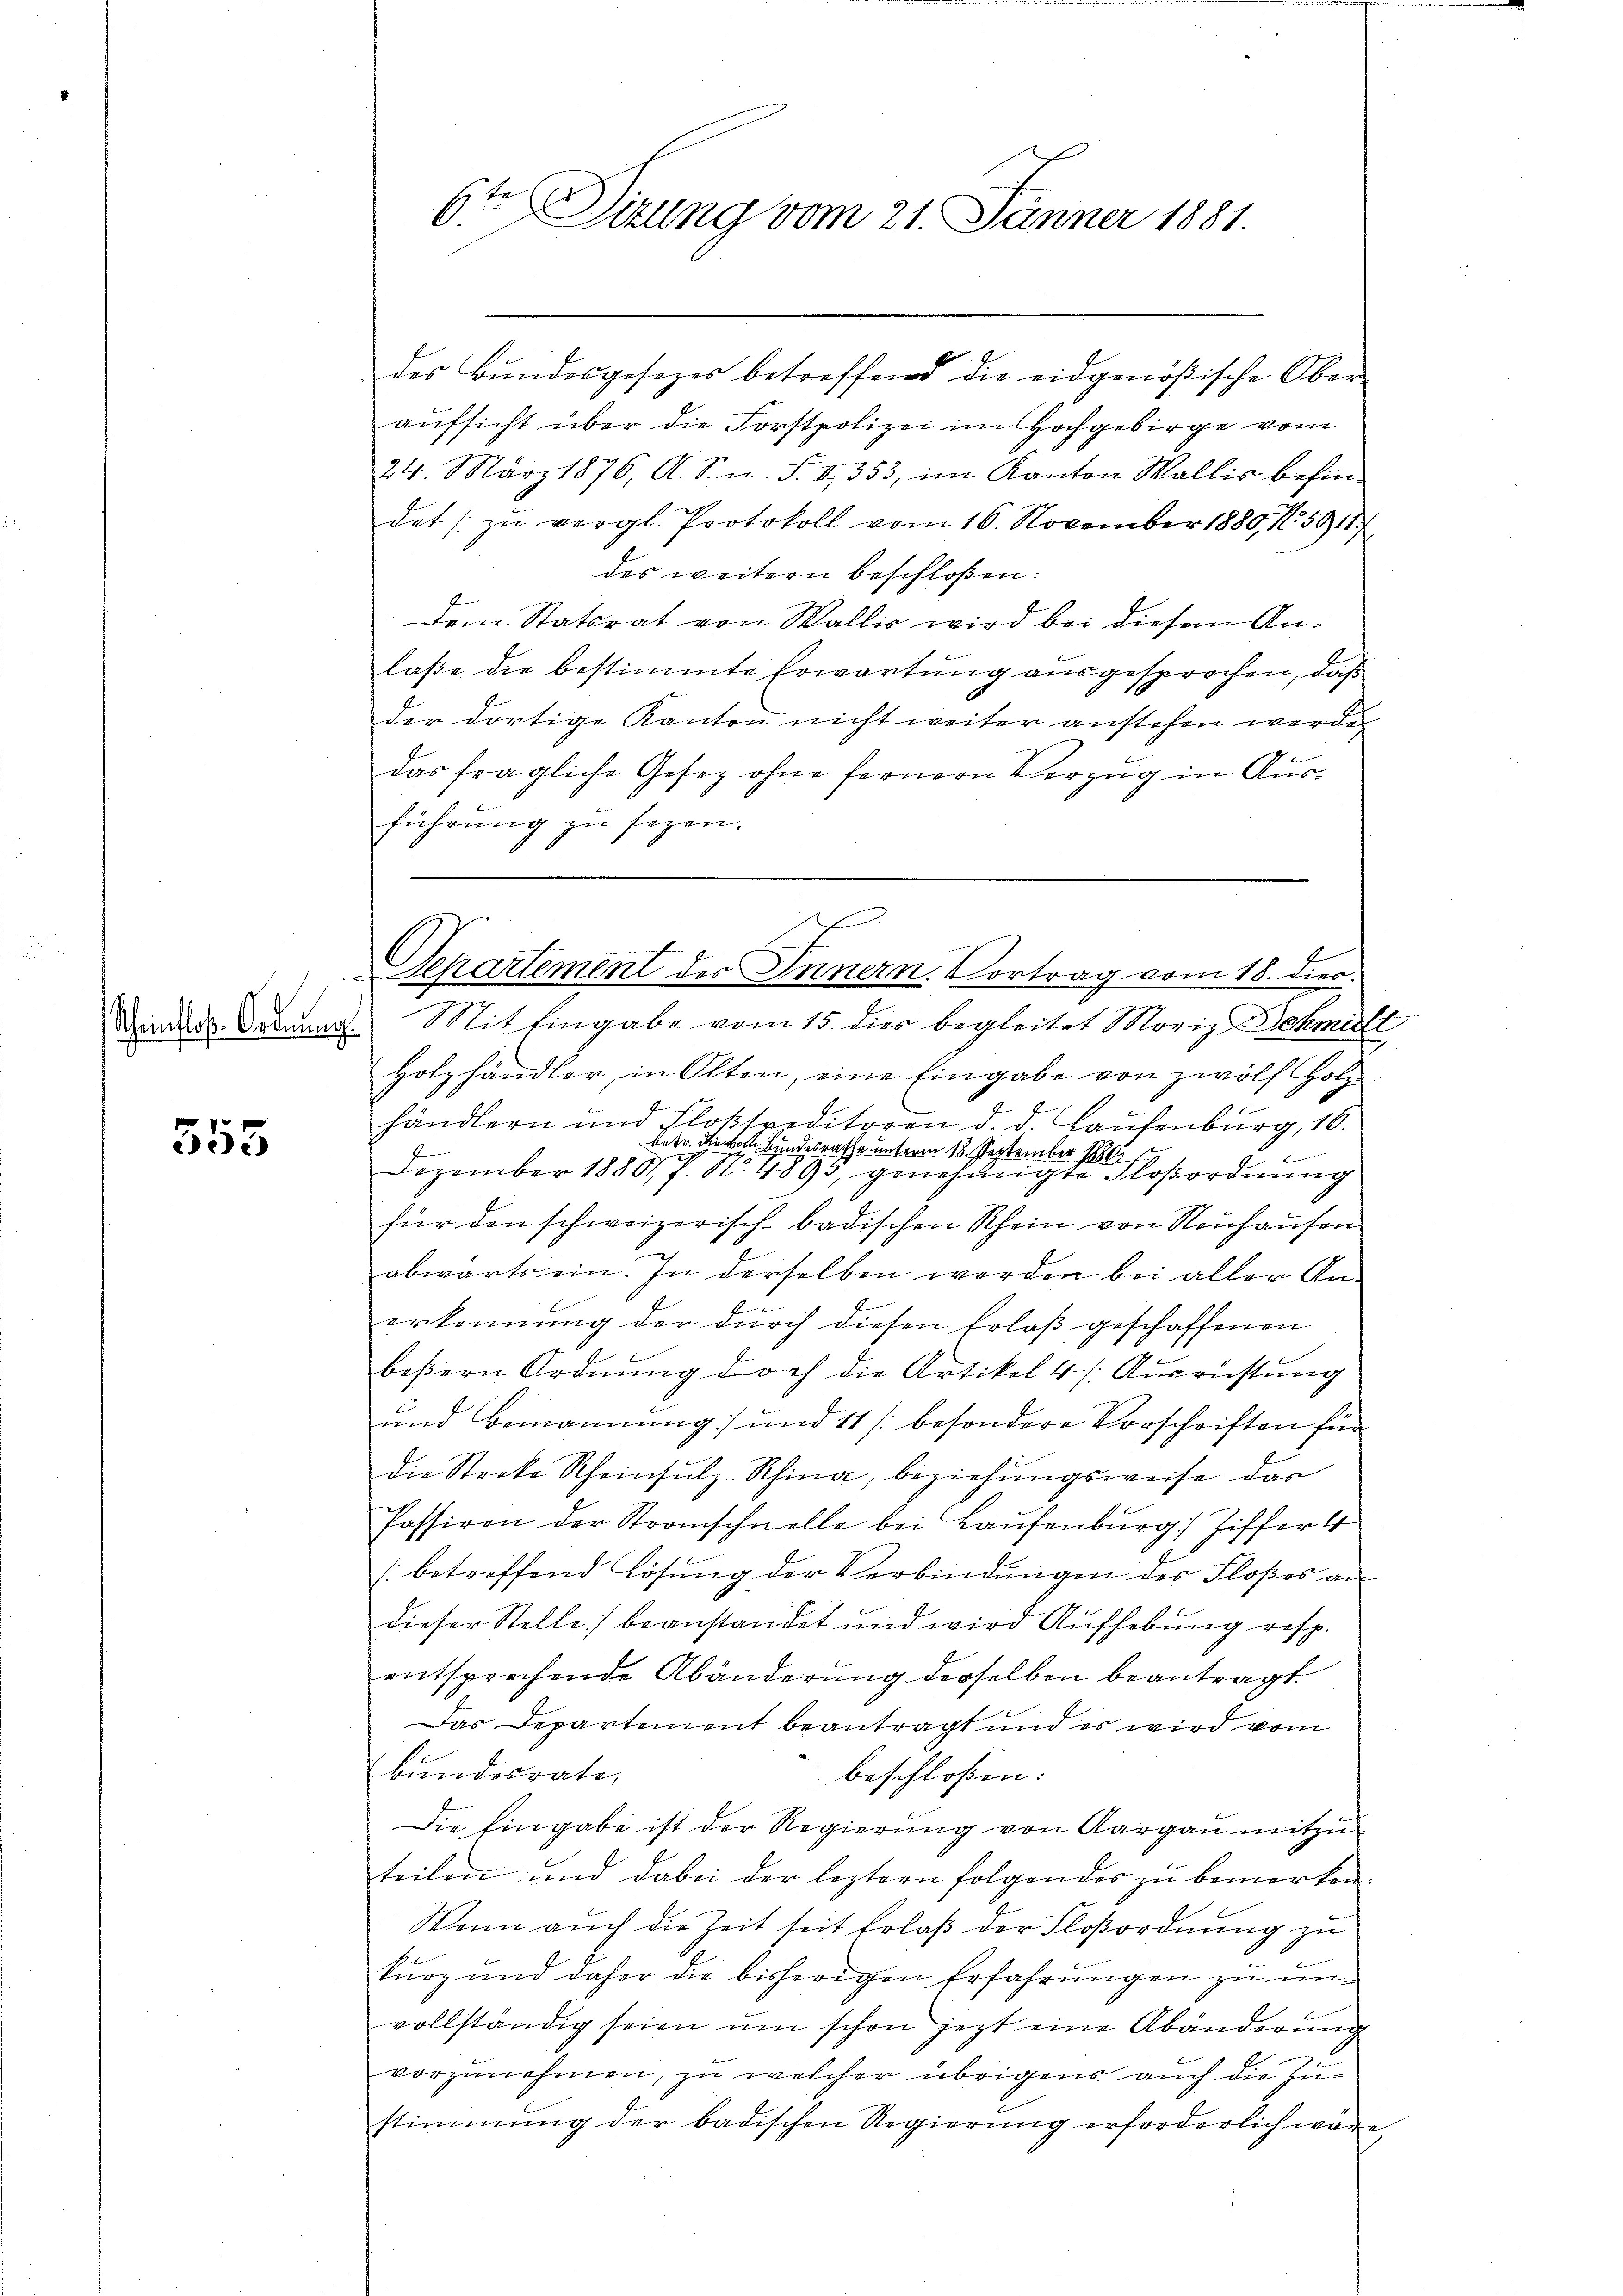
553

Seinen Ordnung. Mit Eingabe vom 15. dies begleitet Moriz Schmitt
Holzhändler, in Olten, eine Eingabe von zwölf Holz
händlern und Floßspeditoren d. d. Laŭfenburg, 16.
betr. die vom Bundesrathe unterm 12. September 1880
f
n
Dezember 1888 f. No. 4895, genehmigte Floßordnung
für den schweizerisch-badischen Rhein von Neuhausen
abwärts ein. In derselben werden bei aller An¬
u
erkennung der durch diesen Erlaß geschaffenen
beßern Ordnung doch die Artikel 4. Ausrüstung
und Bemannung und 11 /: besondere Vorschriften für
die Streke Scheinsŭlz-Rhina, beziehungsweise dar
Passiren der Stranschnelle bei Laŭfenburg, Ziffer 4
(betreffend Lösung der Verbindŭngen des Floßes an
dieser Stelle) beanstandet und wird Aufhebung resp.
entsprechende Abänderung derselben beantragt
Das Departement beantragt und es wird vom
Bundesrate
beschloßen:
Die Eingabe ist der Regierung von Aargau mitzuteilen und dabei der leztern folgendes zu bemerken
Wann auch die Zeit seit Erlaß der Floßordnung zu
kurz und daher die bisherigen Erfahrungen zu unvollständig seien um schon jezt eine Abänderung
vorzunehmen, zu welcher übrigens auch die Zustimmung der badischen Regierung erforderlich wäre

6te Situng vom 21. Jänner 1881.

des Bundesgesezes betreffend die eidgenößische Ober-
aufsicht über die Forstpolizei im Hochgebirge vom
24. März 1876, A. S. n. F. II 353, im Kanton Wallis befindet zu vergl. Protokoll vom 16. November 1880, 15011/
des weitern beschloßen:
Dem Statsrat von Wallis wird bei diese Anlaße die bestimmte Erwartung ausgesprochen, daß
der dortige Kanton nicht weiter anstehen werde
das fragliche Gesetz ohne fernern Verzug in Ausführung zu seyen.

v erner
Separtement des Innern. Vortrag vom 18. dies